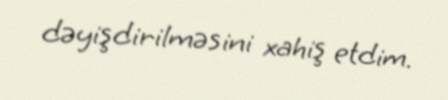
dəyişdirilməsini xahiş etdim.